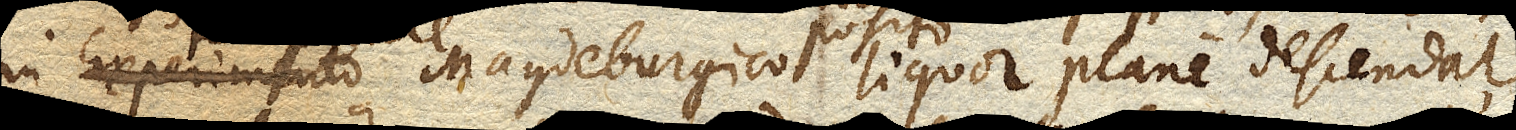
in Experimento Magdeburgico posito liquor plane descendat,